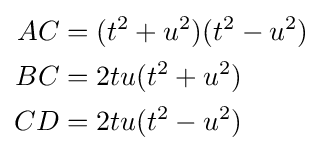
{\begin{aligned}AC&=(t^{2}+u^{2})(t^{2}-u^{2})\\BC&=2tu(t^{2}+u^{2})\\CD&=2tu(t^{2}-u^{2})\end{aligned}}